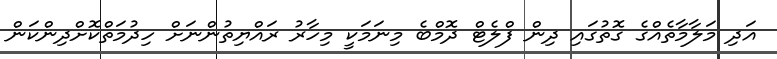
އަދި މަލާމާތެއްގެ ގޮތުގައި ދިން ފްލެޓް ދޮމްބެ މިނަމަކީ މިހާރު ރައްޔިތުންނަށް ހިދުމަތްކޮށްދިންކަން